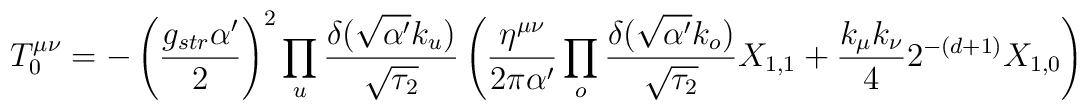
T^{\mu\nu}_0=-\left(\frac{g_{str}\alpha'}{2}\right)^2\prod_u\frac{\delta(\sqrt{\alpha'}k_u)}{\sqrt{\tau_2}}\left( \frac{\eta^{\mu\nu}}{ 2\pi\alpha'}\prod_o \frac{\delta(\sqrt{\alpha'}k_o)}{\sqrt{\tau_2}}X_{1,1}+\frac{k_\mu k_\nu}{ 4} 2^{-(d+1)} X_{1,0}\right)